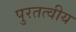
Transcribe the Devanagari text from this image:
पुरतत्वीय